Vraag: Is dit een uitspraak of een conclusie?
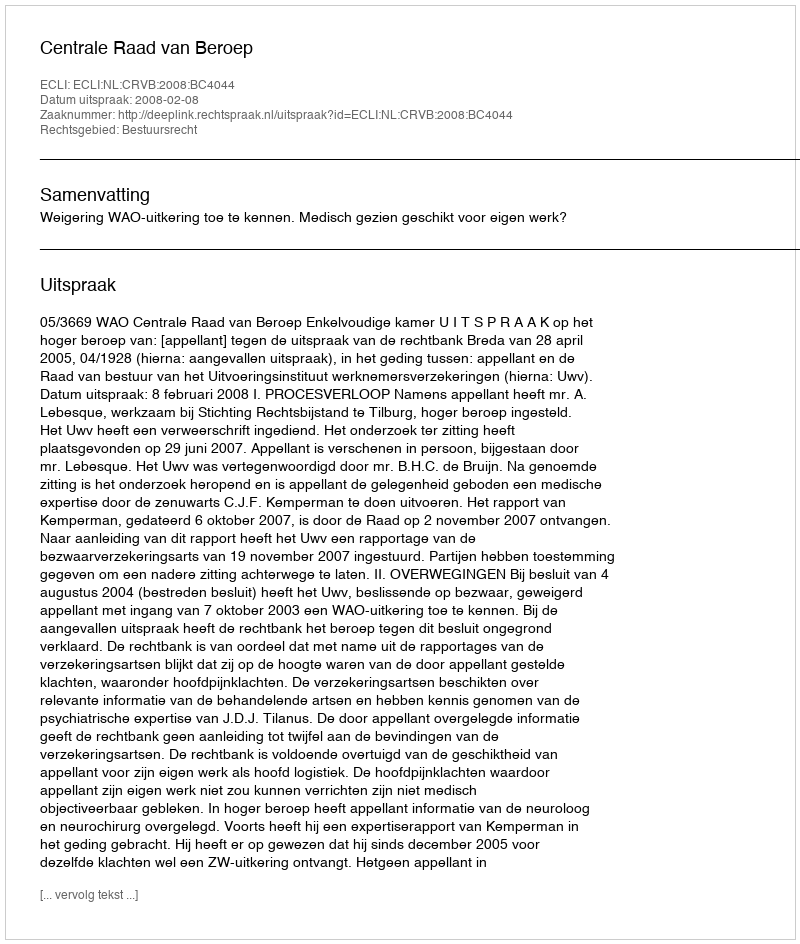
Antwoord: Uitspraak